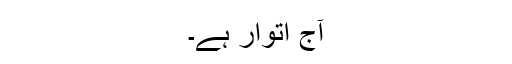
آج اتوار ہے۔